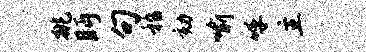
挑眄句嵇劾喻呼主